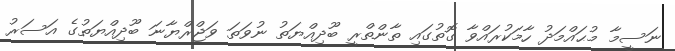
ނަސީމާ މުޙައްމަދު ހާމަކުރައްވާ ގޮތުގައި ތާންތްރީ ބޫދިއްޔަތު ނުވަތަ ވަޖްރްޔާނަ ބޫދިއްޔަތުގެ އަސަރު